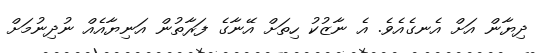
ދިޔާން އަށް އެނގެއެވެ. އެ ނާޒުކު ހިތަށް އޭނާގެ ފަރާތުން އަނިޔާއެއް ނުދިނުމަށް